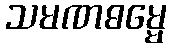
သမဏဓမ္မေ